Vital statistics of India. Vol. IV, Annual returns from 1871 to 1876. British Army of India, Native Army and jails of Bengal
Year: 1871
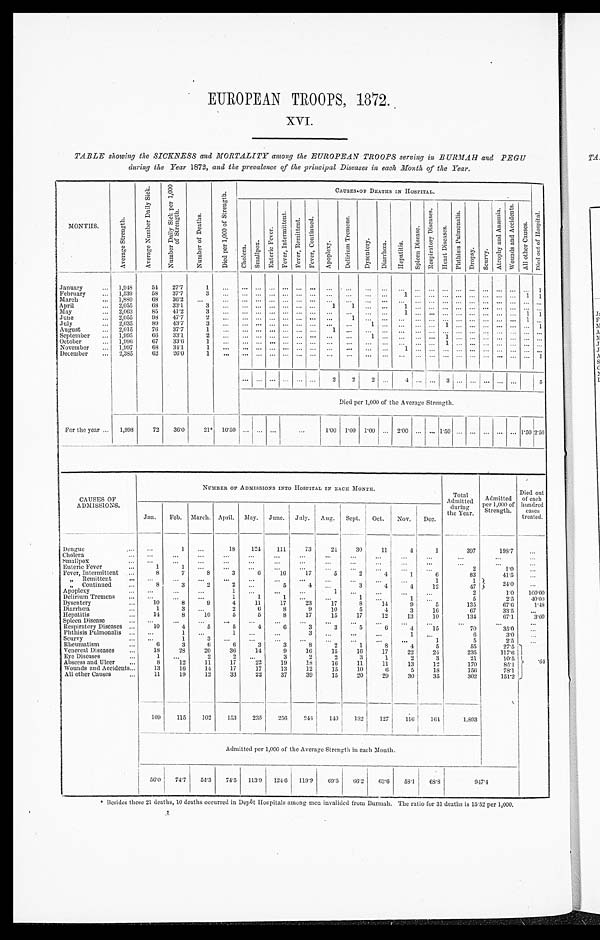
EUROPEAN
TROOPS,
1872.
XVI.
TABLE showing the SICKNESS and MORTALITY among the EUROPEAN TROOPS serving in BURMAH and PEGU
during the Year 1872, and the prevalence of the principal Diseases in each Month of the Year.
MONTHS.
A v e r a g e S t r e n g t h .
A v e r a g e N u m b e r D a i l y S i c k .
N u m b e r D a i l y S i c k p e r 1 , 0 0 0 o f S t r e n g t h .
N u m b e r o f D e a t h s .
D i e d p e r 1 , 0 0 0 o f S t r e n g t h .
CAUSES OF DEATHS IN HOSPITAL.
C h o l e r a .
S m a l l p o x .
E n t e r i c F e v e r .
F e v e r , I n t e r m i t t e n t .
F e v e r , R e m i t t e n t . F e v e r , C o n t i n u e d .
A p o p l e x y .
D e l i r i u m T r e m e n s .
D y s e n t e r y . D i a r r h œ a .
H e p a t i t i s .
S p l e e n D i s e a s e .
R e s p i r a t o r y D i s e a s e s .
H e a r t D i s e a s e s .
P h t h i s i s P u l m o n a l i s .
Dropsy.
S c u r v y .
A t r o p h y a n d A n æ m i a . W o u n d s a n d A c c i d e n t s .
A l l o t h e r C a u s e s .
D i e d o u t o f H o s p i t a l .
January ...
1,948
54 27.7
1
...
. . . . . . . . . . . . ... . . .
. . .
. . .
...
...
. . .
. . .
...
. . .
. . . ... . . . . . . ......1
February
... 1,539
58 37.7
3
... . . . . . . ... . . . ... . . .
. . .
. . . ... . . . 1
. . . ... . . . . . . ...
. . . . . . ... 1 1
March
... 1,880
68
36.2 ...
...
. . . ... ...
. . . ... . . .
. . . ... ...
. . . ...
. . . ... ... . . . ... . . . ... ... ... ...
April ...
2,055
68 33.1
3
... . . . . . .
... . . . ... . . . 1 1 ... ...
1
. . . ... ... ... ... ... ... ... ... ...
May ...
2,063
85
41.2
3
... ...
. . .
... ... ... ...
. . . ... ... . . .
1 . . .
... . . . . . . ... . . .
. . . ... 1 1
June ... 2,055
98
47.7
2
... ... ... ... . . . ... . . .
. . . 1
. . . . . .
. . .
. . . ... . . . . . . ... . . . . . . ... 1 ...
July ... 2,035
89
43.7
3
... ...
. . . ... ... ... . . .
. . . ... 1
. . . . . .
. . .
... 1 . . . ... . . . . . . ... ... 1
August
... 2,015
76
37.7
1 ... ... ... ...
. . . ...
. . . 1 ... ... . . . . . .
. . .
... ... ... ...
. . . ... .........
September ... 1,995
66 33.1
2
... . . . . . . ... . . . ... . . . ... ... 1
. . . . . .
. . .
... 1 . . . ... ... ... ... ... ...
October
... 1,996
67
33.6
1 ... . . . . . . ... . . .
... . . . ...
...... . . . . . .
. . .
... 1 . . . ... . . . . . . ... ... ...
November ... 1,997
68
34.1
1
... . . . . . . ... . . .
... . . .
. . .
. . .
. . . . . .
1 ... ... . . . . . . ... ... ... ... ... ...
December
... 2,385
62
26.0
1
... . . . . . . ... . . .
... . . . ... ... ... . . .
. . . . . .
... . . .
. . . ... ... . . . ...... 1
... ... ...
. . . ... ...
2
2
2
. . .
4 . . .
... 3 . . . ... . . . . . . ...
5
Died per 1,000 of the Average Strength.
For the year ... 1,998
72 36.0
2 1 *
10.50 ... ... ...
...
1.00 1.00 1.00 ... 2.00 ... ... 1.50 ... ... ... ... ... 1.50 2.50
CAUSES OF
ADMISSIONS.
NUMBER OF ADMISSIONS INTO HOSPITAL IN EACH MONTH.
Total
Admitted
during -
the Year.
Admitted
p e r 1 , 0 0 0 o f
Strength.
Died out
of each
hundred
cases
treated.
Jan. Feb. March. April. May.
J u n e . July. Aug. Sept. Oct. Nov. Dec.
Dengue ...
. . .
1
...
18
124
111
73
24
30
11
4
1
397
1 9 8 . 7 ...
Cholera
...
. . . ...
...
...
...
. . .
...
. . .
. . . . . .
. . .
. . .
. . .
. . .
. . .
Smallpox
... ...
...
...
...
. . . . . .
. . . ...
...
...
. . . ...
...
. . .
...
Enteric Fever
...
1
1 ...
...
...
...
...
...
...
...
...
. . . .
2
1.0
. . .
Fever, Intermittent ...
8
7
8
3
6
16
17
5
2
4
1
6
83
41.5
...
„ Remittent ...
. . .
. . . . . .
. . .
. . . . . .
...
. . . ...
. . .
. . .
1
1
24.0
...
„ Continued
...
„
8
3
2
2 ...
5
4
. . .
3
4
4
12
47
Apoplexy ...
. . .
. . .
. . .
1 ...
...
. . .
1
. . . ...
...
...
2
1.0
100.00
Delirium Tremens ...
. . . ...
...
1
1
1 ...
...
1
. . .
1
. . .
5
2 . 5
40.00
Dysentery
...
10
8
9
4
11
17
23
17
8
14
9
5
135
67.6
1.48
Diarrhœa ...
1
3
. . .
2
6
8
9
10
5
4
3
16
67
33.5
...
Hepatitis ...
14
8
10
5
5
8
17
15
17
12
13
10
134
67.1
3.00
Spleen Disease
... ...
...
. . .
. . .
...
...
...
. . .
. . .
. . . . . .
...
. . .
...
...
Respiratory Diseases ...
10
4
5
5
4
6
3
3
5
6
4
15
70
35.0
...
Phthisis Pulmonalis ... ...
1 ...
1 ...
...
3
. . .
. . .
. . .
1 ...
6
3.0
. . .
Scurvy ...
...
1
3
. . .
. . . ...
...
. . . ...
...
...
1
5
2.5
...
Rheumatism
...
6
3
6
6
3
3
8
2
1
8
4
5
55
27.5
. 6 4
Venereal Diseases
...
18
28
20
36
14
9
16
15
16
17
22
24
235
1 1 7 . 6
Eye Diseases
...
1
. . .
2
2
. . .
3
2
2
3
1
2
3
21
10.5
Abscess and Ulcer
...
8
12
11
17
22
19
18
16
11
11
13
12
170
85.1
Wounds and Accidents ...
13
16
14
17
17
13
12
15
10
6
5
18
156
78.1
All other Causes
11
19
12
33
22
37
39
15
20
20
30
35
302
151.2
109
115
102
153
235
256
244
140
132
127
116
164
1 , 8 9 3
Admitted per 1,000 of the Average Strength in each Month.
5 6 . 0 74.7
54.3 74.5 113.9 124.6 119.9
69.5 66.2
63.6
5 8 . 1
6 8 . 8
947.4
* Besides these 21 deaths, 10 deaths occurred in Depôt Hospitals among men invalided from Burmah. The ratio for 31 deaths is 15.52 per 1,000.